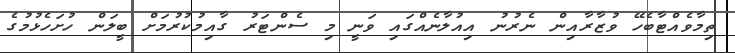
ތިމާވެއްޓާބެހޭ ވުޒާރާއިން ނެރުނު އިއުލާނެއްގައި ވަނީ މި ސެންޓަރު ގާއިމުކުރުމަށް ބީލަން ހުށަހެޅުމުގެ